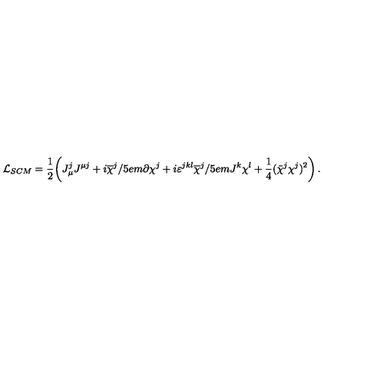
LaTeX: { \cal L } _ { S C M } = \frac 1 2 \! \left( J _ { \mu } ^ { j } J ^ { \mu j } + i \overline { { \chi } } ^ { j } / \kern - . 5 e m \partial \chi ^ { j } + i \varepsilon ^ { j k l } \overline { { \chi } } ^ { j } / \kern - . 5 e m J ^ { k } \chi ^ { l } + \frac 1 4 ( \bar { \chi } ^ { j } \chi ^ { j } ) ^ { 2 } \right) .